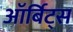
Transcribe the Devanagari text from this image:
ऑर्बिट्स